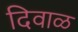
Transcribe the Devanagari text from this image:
दिवाळ